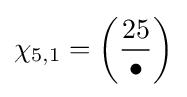
\chi _{5,1}=\left({\frac {25}{\bullet }}\right)